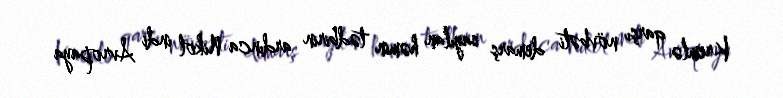
Kremlə qarşı növbəti demarş sayılan həmin tədbirin ardınca Nikol indi Avropaya